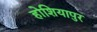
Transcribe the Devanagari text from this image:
होशियापुर